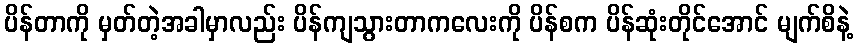
ပိန်တာကို မှတ်တဲ့အခါမှာလည်း ပိန်ကျသွားတာကလေးကို ပိန်စက ပိန်ဆုံးတိုင်အောင် မျက်စိနဲ့